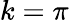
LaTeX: k=\pi